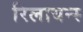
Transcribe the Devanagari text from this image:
रिलायन्स्‍